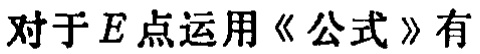
对于\(E\)点运用《公式》有